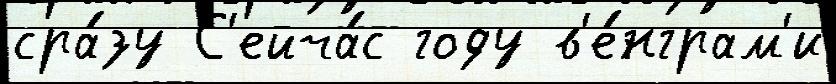
сра́зу С'ейча́с году в'е́нграм'и